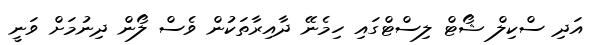
އަދި ސްކިލް ޝޯޓް ލިސްޓްގައި ހިމެނޭ ދާއިރާތަކުން ވެސް ލޯން ދިނުމަށް ވަނީ